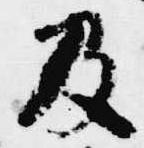
及